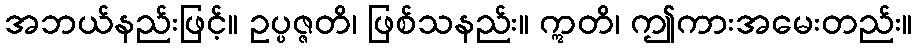
အဘယ်နည်းဖြင့်။ ဥပ္ပဇ္ဇတိ၊ ဖြစ်သနည်း။ ဣတိ၊ ဤကားအမေးတည်း။